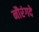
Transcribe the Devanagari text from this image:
नौरंगदे